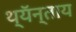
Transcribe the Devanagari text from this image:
थ्यॅन्ताय